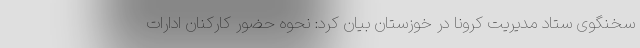
سخنگوی ستاد مدیریت کرونا در خوزستان بیان کرد: نحوه حضور کارکنان ادارات